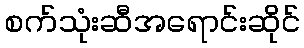
စက်သုံးဆီအရောင်းဆိုင်